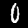
Label: 0